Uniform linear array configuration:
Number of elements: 4
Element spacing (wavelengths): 0.75
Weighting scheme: hann
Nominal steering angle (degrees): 30
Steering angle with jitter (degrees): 31.659
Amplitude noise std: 0.05
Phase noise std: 0.05

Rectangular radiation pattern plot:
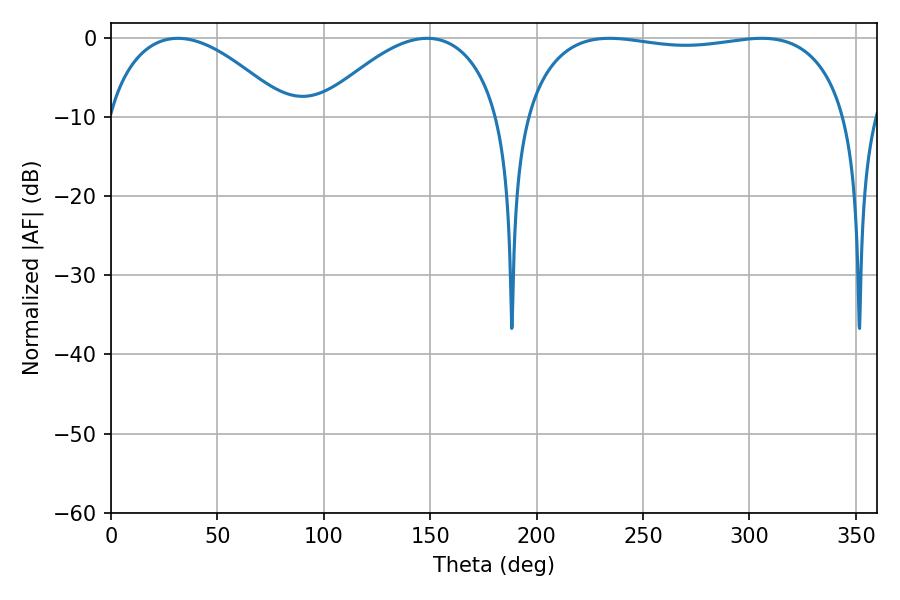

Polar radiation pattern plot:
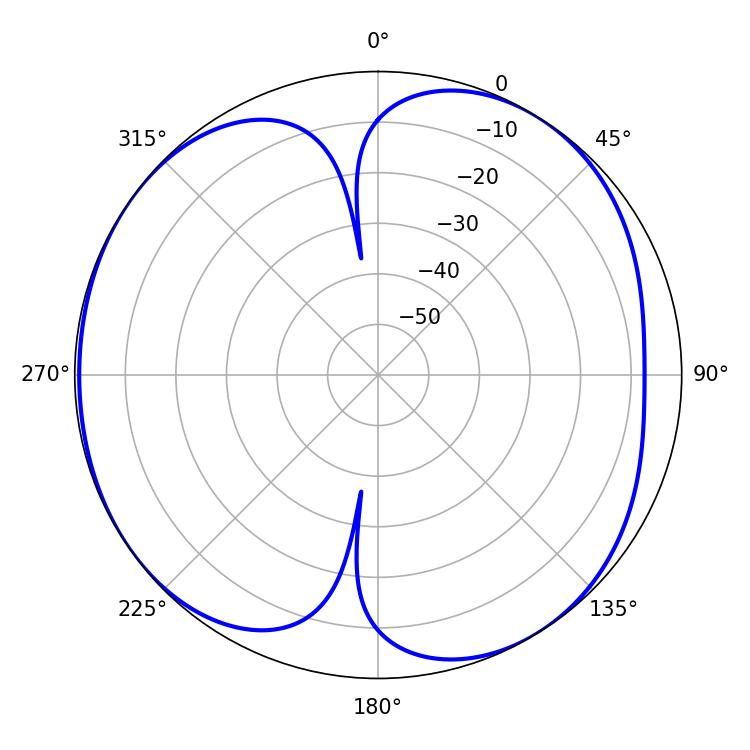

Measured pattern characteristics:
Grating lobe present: TRUE
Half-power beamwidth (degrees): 122.76
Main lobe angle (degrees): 234.18